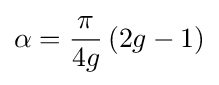
\alpha ={\frac {\pi }{4g}}\left(2g-1\right)